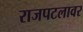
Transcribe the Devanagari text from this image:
राजपटलावर